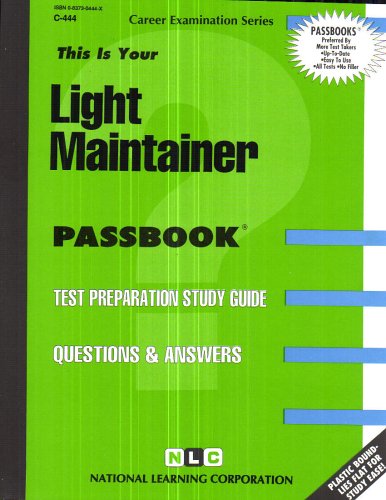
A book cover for Light Maintainer(Passbooks); Jack Rudman; Test Preparation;